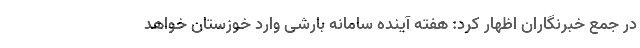
در جمع خبرنگاران اظهار کرد: هفته آینده سامانه بارشی وارد خوزستان خواهد